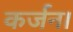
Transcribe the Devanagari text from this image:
कर्जन।